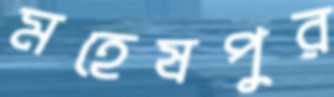
মহেষপুর